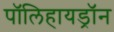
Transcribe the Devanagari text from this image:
पॉलिहायड्रॉन